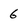
Character: 6